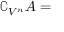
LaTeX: \complement _ { V ^ { n } } A =